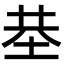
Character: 𡋍